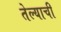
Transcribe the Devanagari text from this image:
तेल्याची